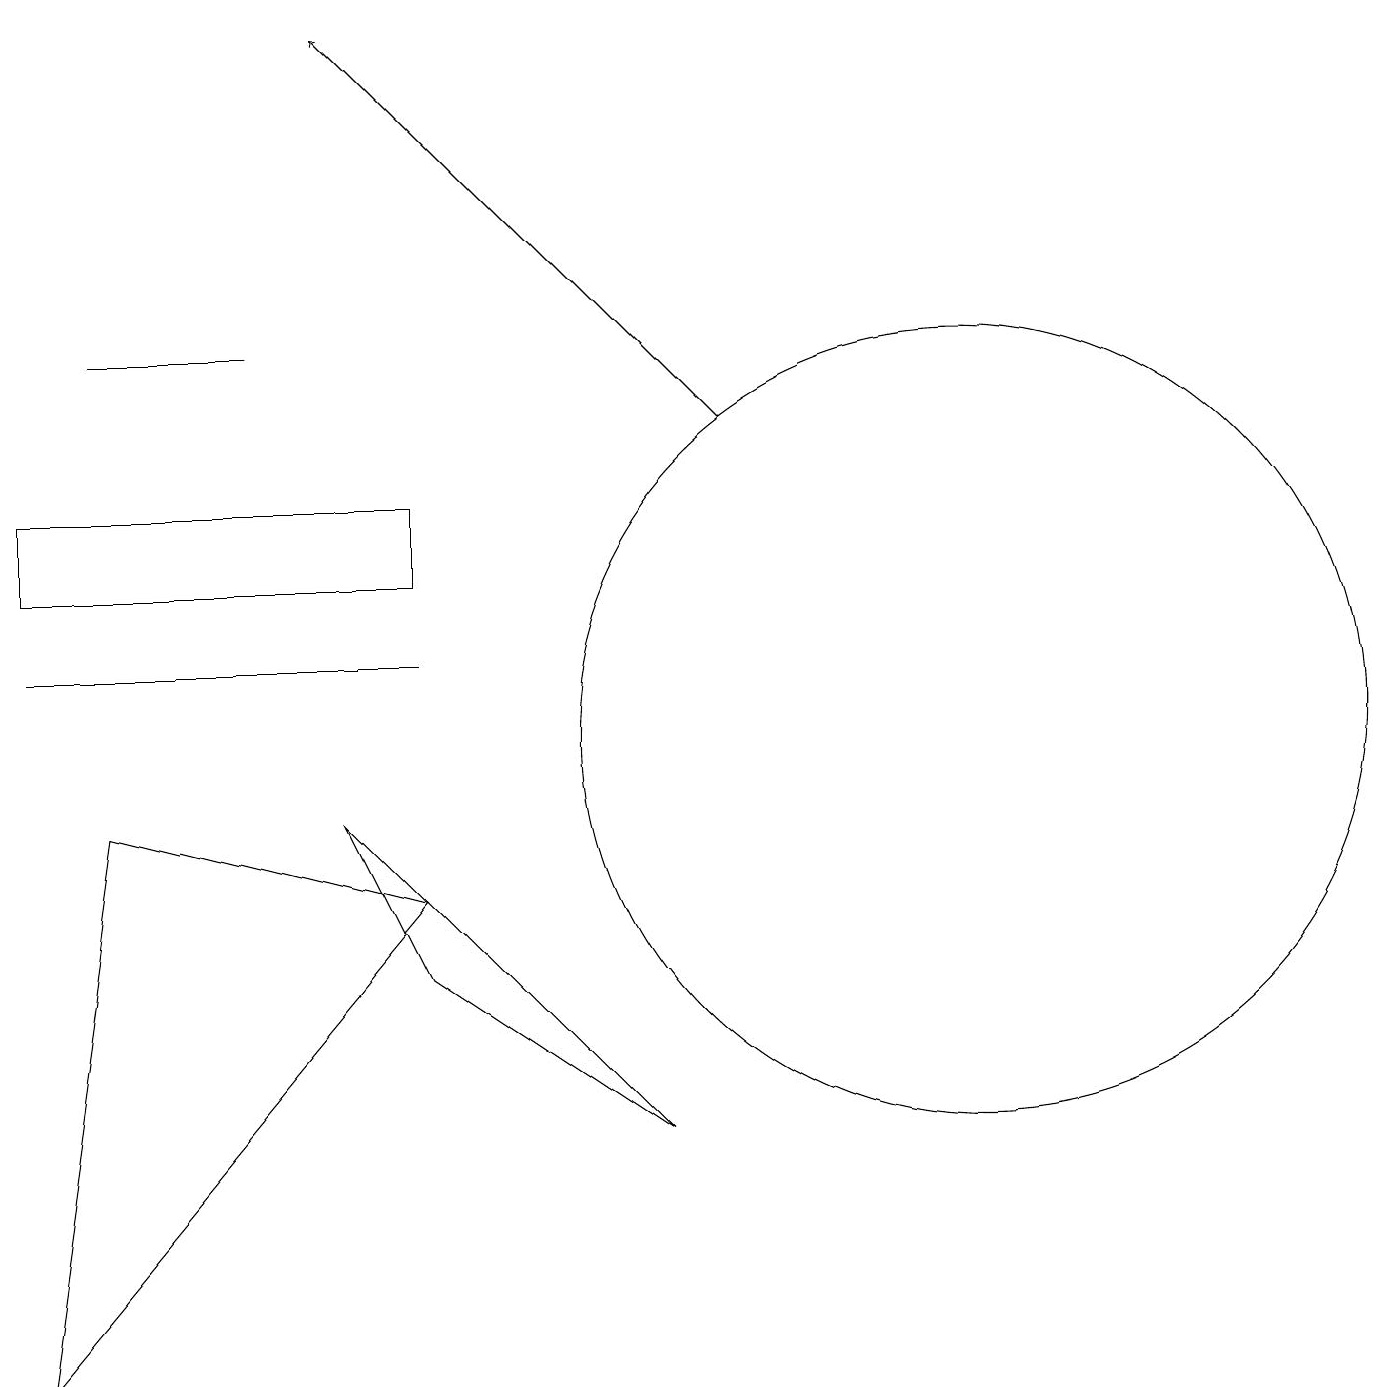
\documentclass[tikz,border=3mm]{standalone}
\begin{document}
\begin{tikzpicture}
\draw (0,13) rectangle (5,12);
\draw (0,2) -- (5,8) -- (1,9) -- cycle;
\draw (5,11) rectangle (0,11);
\draw (5,7) -- (4,9) -- (8,5) -- cycle;
\draw (1,15) rectangle (3,15);
\draw (12,10) circle (5);
\draw[->] (9,14) -- (4,19);
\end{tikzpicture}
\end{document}